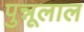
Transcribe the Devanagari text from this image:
पुन्नूलाल